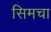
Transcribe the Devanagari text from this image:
सिमचा